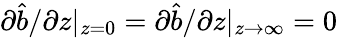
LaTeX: \partial\hat{b}/\partial z|_{z=0}=\partial\hat{b}/\partial z|_{z\rightarrow\infty}=0